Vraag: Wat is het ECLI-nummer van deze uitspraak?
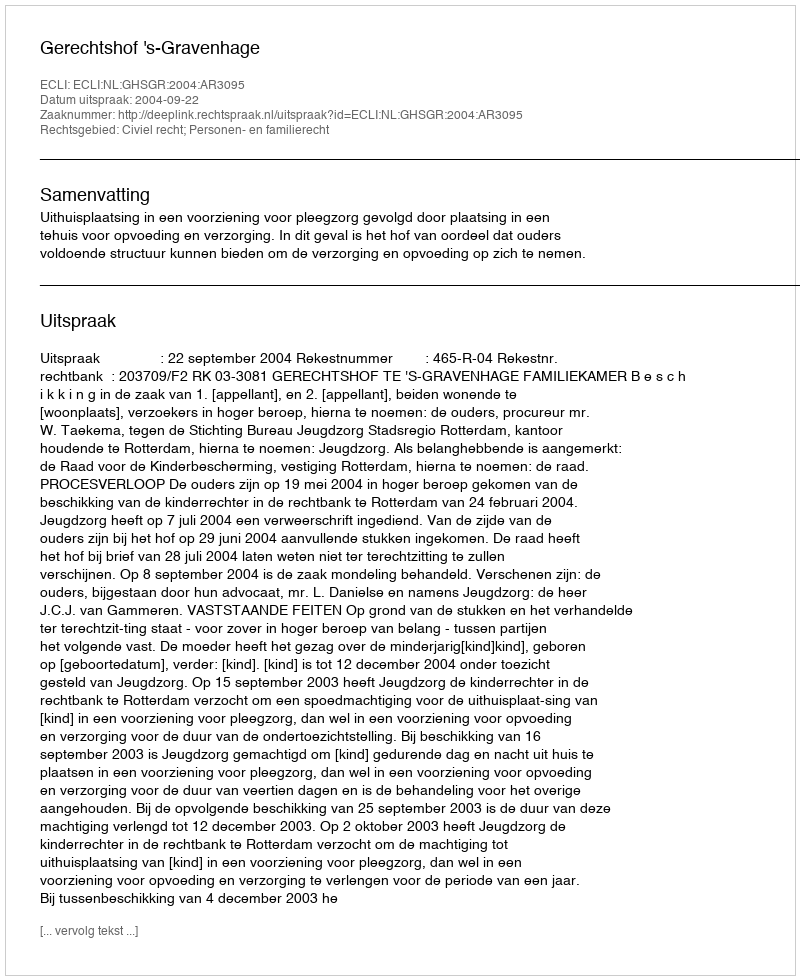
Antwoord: ECLI:NL:GHSGR:2004:AR3095